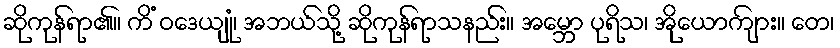
ဆိုကုန်ရာ၏။ ကိံ ဝဒေယျုံ၊ အဘယ်သို့ ဆိုကုန်ရာသနည်း။ အမ္ဘော ပုရိသ၊ အိုယောကျ်ား။ တေ၊